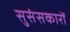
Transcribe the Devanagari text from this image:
सुसंसकारों